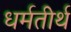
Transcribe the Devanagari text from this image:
धर्मतीर्थ